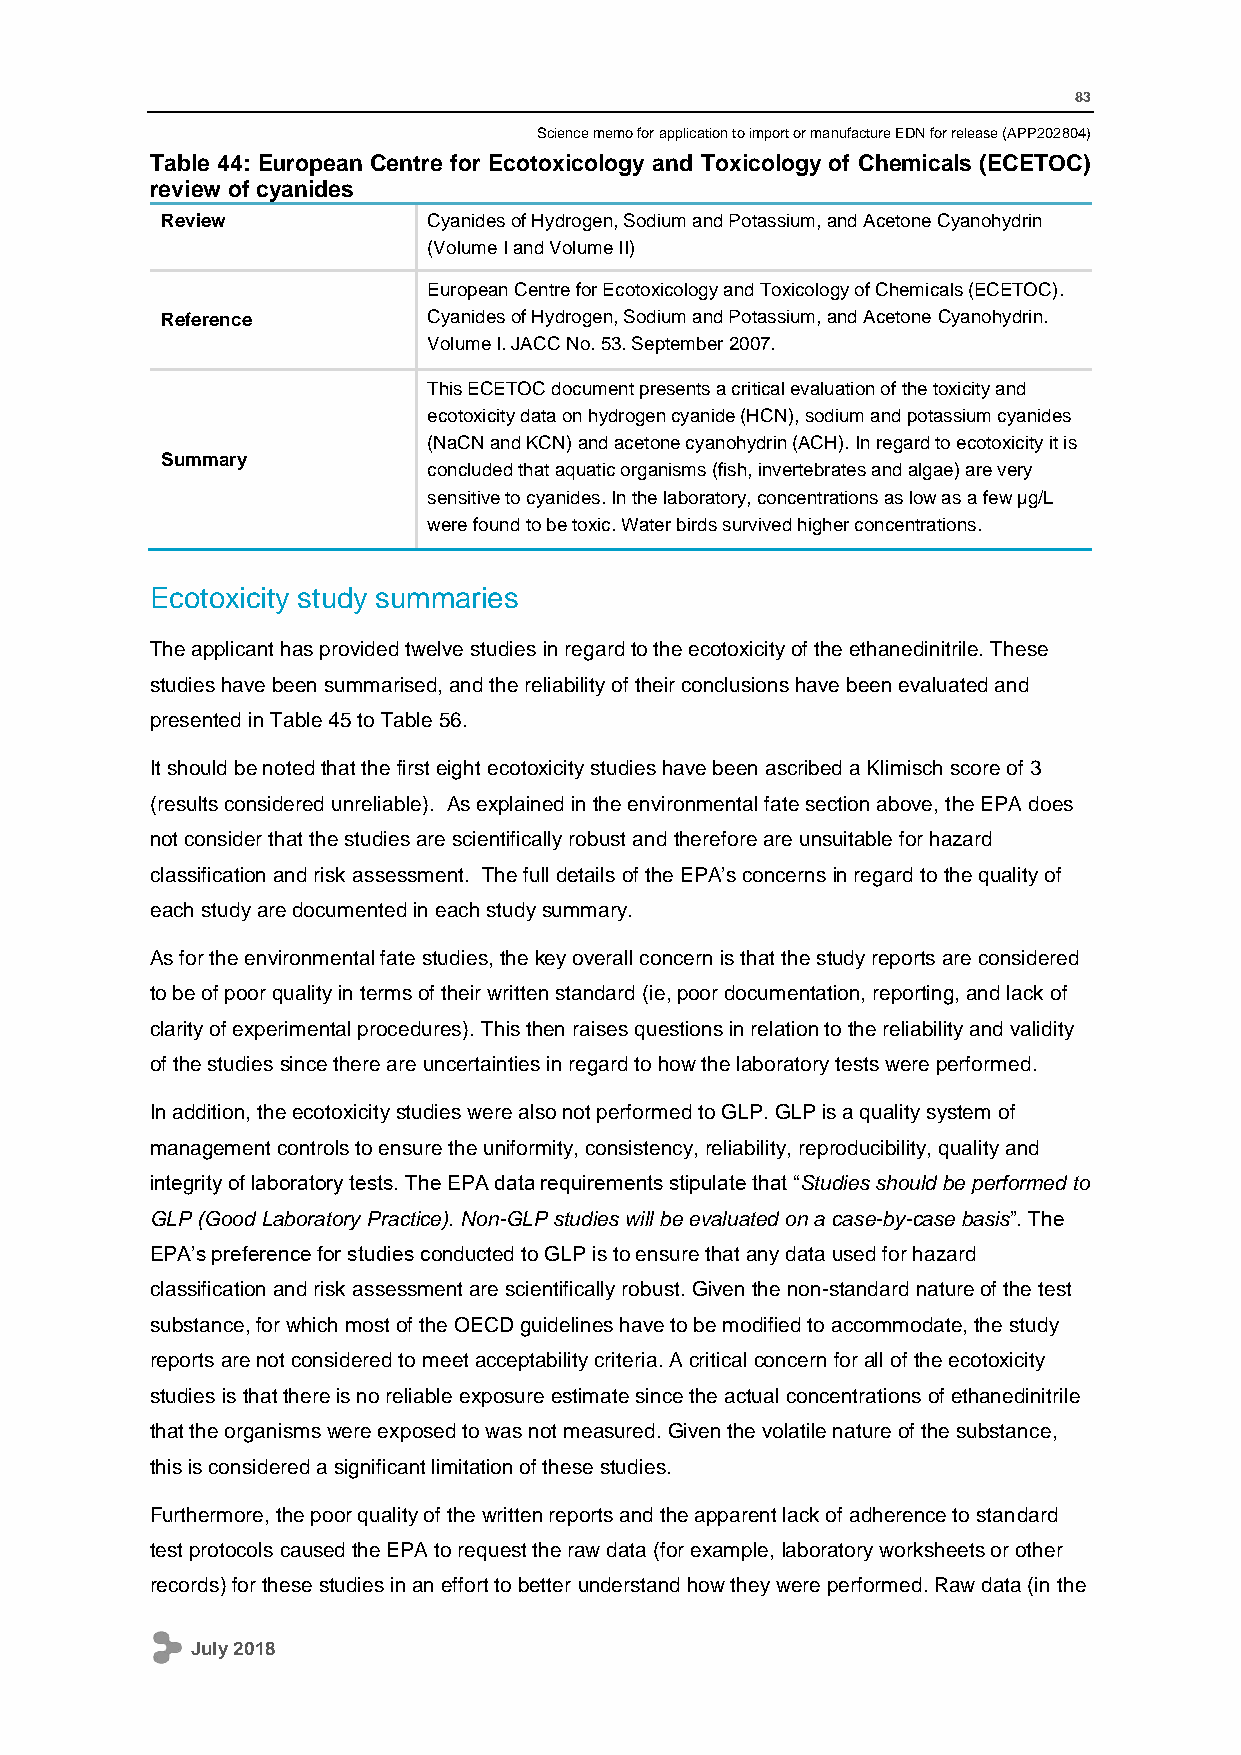
83
 Science memo for application to import or manufacture EDN for release (APP202804)
 Table 44: European Centre for Ecotoxicology and Toxicology of Chemicals (ECETOC)
 review of cyanides
 Review           Cyanides of Hydrogen, Sodium and Potassium, and Acetone Cyanohydrin
 (Volume I and Volume II)
 European Centre for Ecotoxicology and Toxicology of Chemicals (ECETOC).
 Reference        Cyanides of Hydrogen, Sodium and Potassium, and Acetone Cyanohydrin.
 Volume I. JACC No. 53. September 2007.
 This ECETOC document presents a critical evaluation of the toxicity and
 ecotoxicity data on hydrogen cyanide (HCN), sodium and potassium cyanides
 (NaCN and KCN) and acetone cyanohydrin (ACH). In regard to ecotoxicity it is
 Summary
 concluded that aquatic organisms (fish, invertebrates and algae) are very
 sensitive to cyanides. In the laboratory, concentrations as low as a few µg/L
 were found to be toxic. Water birds survived higher concentrations.
 Ecotoxicity study summaries
 The applicant has provided twelve studies in regard to the ecotoxicity of the ethanedinitrile. These
 studies have been summarised, and the reliability of their conclusions have been evaluated and
 presented in Table 45 to Table 56.
 It should be noted that the first eight ecotoxicity studies have been ascribed a Klimisch score of 3
 (results considered unreliable). As explained in the environmental fate section above, the EPA does
 not consider that the studies are scientifically robust and therefore are unsuitable for hazard
 classification and risk assessment. The full details of the EPA’s concerns in regard to the quality of
 each study are documented in each study summary.
 As for the environmental fate studies, the key overall concern is that the study reports are considered
 to be of poor quality in terms of their written standard (ie, poor documentation, reporting, and lack of
 clarity of experimental procedures). This then raises questions in relation to the reliability and validity
 of the studies since there are uncertainties in regard to how the laboratory tests were performed.
 In addition, the ecotoxicity studies were also not performed to GLP. GLP is a quality system of
 management controls to ensure the uniformity, consistency, reliability, reproducibility, quality and
 integrity of laboratory tests. The EPA data requirements stipulate that “Studies should be performed to
 GLP (Good Laboratory Practice). Non-GLP studies will be evaluated on a case-by-case basis”. The
 EPA’s preference for studies conducted to GLP is to ensure that any data used for hazard
 classification and risk assessment are scientifically robust. Given the non-standard nature of the test
 substance, for which most of the OECD guidelines have to be modified to accommodate, the study
 reports are not considered to meet acceptability criteria. A critical concern for all of the ecotoxicity
 studies is that there is no reliable exposure estimate since the actual concentrations of ethanedinitrile
 that the organisms were exposed to was not measured. Given the volatile nature of the substance,
 this is considered a significant limitation of these studies.
 Furthermore, the poor quality of the written reports and the apparent lack of adherence to standard
 test protocols caused the EPA to request the raw data (for example, laboratory worksheets or other
 records) for these studies in an effort to better understand how they were performed. Raw data (in the
 July 2018